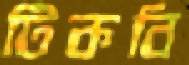
টিকবি